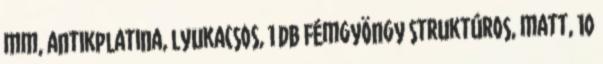
mm, antikplatina, lyukacsos, 1 db Fémgyöngy struktúros, matt, 10